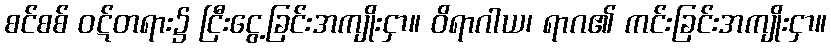
စင်စစ် ဝဋ်တရား၌ ငြီးငွေ့ခြင်းအကျိုးငှာ။ ဝိရာဂါယ၊ ရာဂ၏ ကင်းခြင်းအကျိုးငှာ။